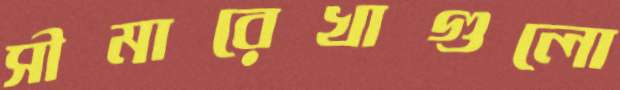
সীমারেখাগুলো